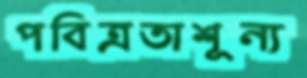
পবিত্রতাশূন্য